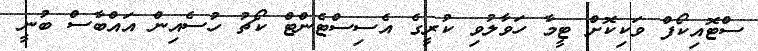
ސްޓޮއިކޯފް ވަކިކޮށް ޓީމާ ހަވާލުވި ކުރީގެ އެސިސްޓެންޓް ކޯޗު ހުސެއިން އައްބާސް ބުނީ